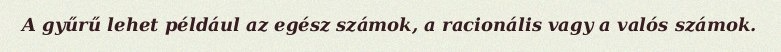
A gyűrű lehet például az egész számok, a racionális vagy a valós számok.